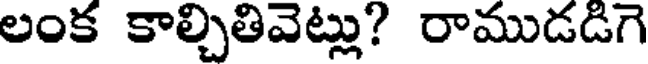
లంక కాల్చితివెట్లు? రాముడడిగె